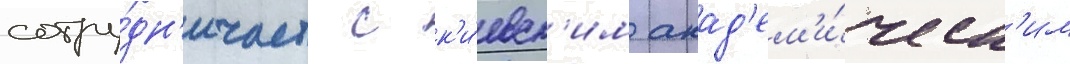
сотру́дн'ичает с к'и́евск'им акад'ем'и́ческ'им